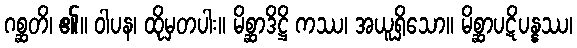
ဂစ္ဆတိ၊ ၏။ ဝါပန၊ ထိုမှတပါး။ မိစ္ဆာဒိဋ္ဌိ ကဿ၊ အယူရှိသော။ မိစ္ဆာပဋိပန္နဿ၊